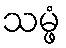
သမ္ဖံ